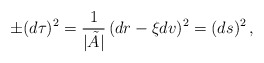
\begin{align*}\pm (d \tau)^2 = \frac{1}{\vert \tilde A \vert } \, (dr - \xi dv )^2 = (ds)^2\,, \end{align*}